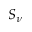
S _ { \nu }